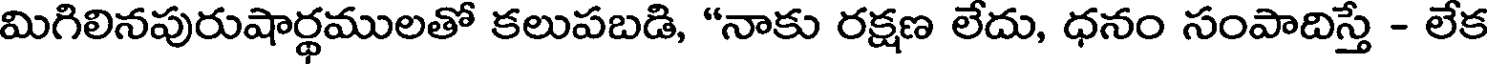
మిగిలినపురుషార్థములతో కలుపబడి, "నాకు రక్షణ లేదు, ధనం సంపాదిస్తే - లేక